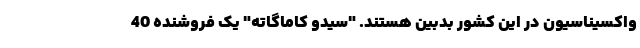
واکسیناسیون در این کشور بدبین هستند. "سیدو کاماگاته" یک فروشنده 40